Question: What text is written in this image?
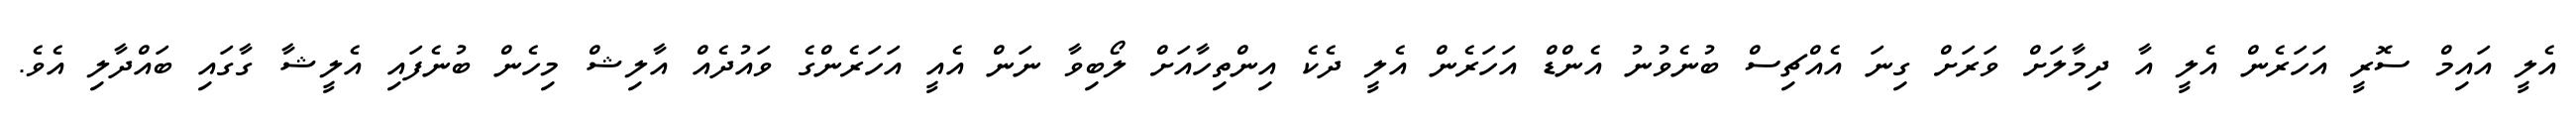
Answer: އެލީ އައިމް ސޮރީ އަހަރެން އެލީ އާ ދިމާލަށް ވަރަށް ގިނަ އެއްޗިސް ބުނެވުނު އެންޑް އަހަރެން އެލީ ދެކެ އިންތިހާއަށް ލޯބިވާ ނަން އެއީ އަހަރެންގެ ވައުދެއް އާލިޝް މިހެން ބުނެފައި އެލީޝާ ގާގައި ބައްދާލި އެވެ.